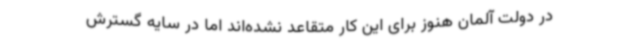
در دولت آلمان هنوز برای این کار متقاعد نشده‌اند اما در سایه گسترش